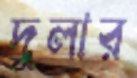
দুলার